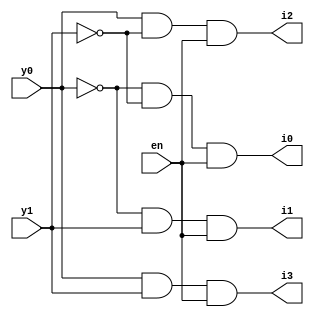
module active_decoder(y0,y1,en,i0,i1,i2,i3);
input y0,y1,en;
output i0,i1,i2,i3;
wire y0not,y1not;
not n1(y0not,y0);
not n2(y1not,y1);
and a1(i0,y0not,y1not,en);
and a2(i1,y0not,y1,en);
and a3(i2,y0,y1not,en);
and a4(i3,y0,y1,en);
endmodule
module active_decoder_tb;
reg en,y0,y1;
wire i0,i1,i2,i3;
active_decoder a1(y0,y1,en,i0,i1,i2,i3);
initial
begin
    y0=1'b0; y1=1'b0; en=1'b1;
    $monitor("Time=%0t, y0=%b, y1=%b, en=%b, i0=%b, i1=%b, i2=%b, i3=%b", $time,y0,y1,en,i0,i1,i2,i3);
    #10 y0=1'b0; y1=1'b1; en=1'b1;
    #10 y0=1'b1; y1=1'b0; en=1'b1;
    #10 y0=1'b1; y1=1'b1; en=1'b1;
end
endmodule